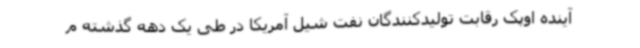
آینده اوپک رقابت تولیدکنندگان نفت شیل آمریکا در طی یک دهه گذشته م